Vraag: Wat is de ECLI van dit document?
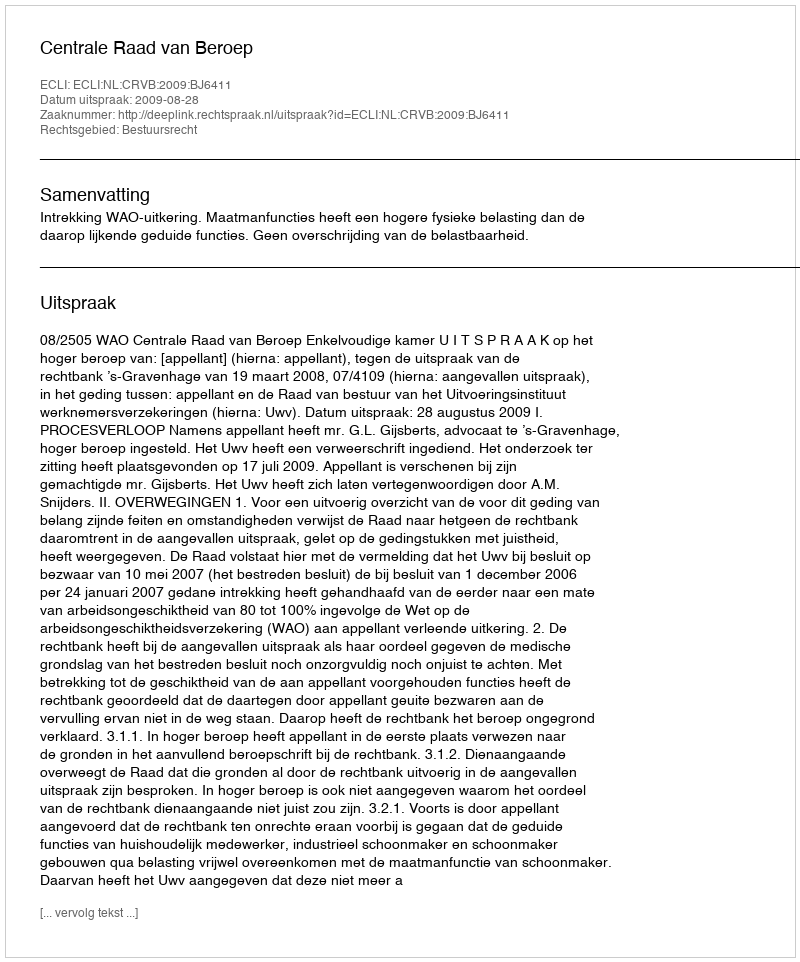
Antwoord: ECLI:NL:CRVB:2009:BJ6411